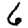
Digit: 6